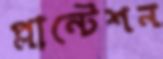
প্লান্টেশন